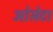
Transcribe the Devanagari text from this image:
ओसेटा